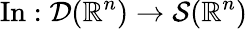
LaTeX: \operatorname{In}:{\mathcal{D}}(\mathbb{R}^{n})\to{\mathcal{S}}(\mathbb{R}^{n})